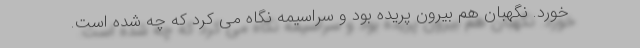
خورد. نگهبان هم بیرون پریده بود و سراسیمه نگاه می کرد که چه شده است.